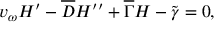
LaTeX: v _ { \omega } H ^ { \prime } - \overline { { { D } } } H ^ { \prime \prime } + \overline { { { \Gamma } } } H - \widetilde { \gamma } = 0 ,